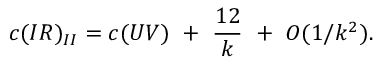
c ( I R ) _ { I I } = c ( U V ) ~ + ~ { \frac { 1 2 } { k } } ~ + ~ { \cal O } ( 1 / k ^ { 2 } ) .